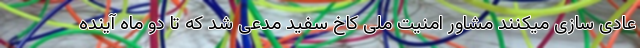
عادی سازی میکنند مشاور امنیت ملی کاخ سفید مدعی شد که تا دو ماه آینده